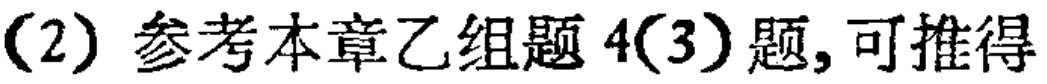
(2) 参考本章乙组题 4(3)题, 可推得